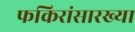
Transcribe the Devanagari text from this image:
फकिरांसारख्या